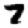
Digit: 7